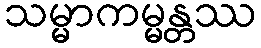
သမ္မာကမ္မန္တဿ